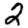
Digit: 2